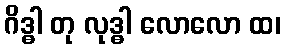
ဂိဒ္ဓါ တု လုဒ္ဓါ လောလော ထ၊